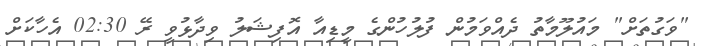
"ވަގުތަށް" މައުލޫމާތު ދެއްވަމުން ފުލުހުންގެ މީޑިއާ އޮފިޝަލު ވިދާޅުވީ ރޭ 02:30 އެހާކަށް